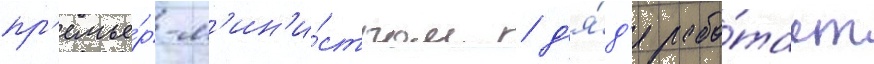
пр'емье́р-м'ин'и́стром / д'я́д'я рабо́тает